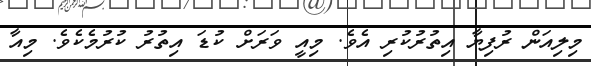
މިލިއަން ރުފިޔާ އިތުރުކުރި އެވެ. މިއީ ވަރަށް ކުޑަ އިތުރު ކުރުމެކެވެ. މިއާ